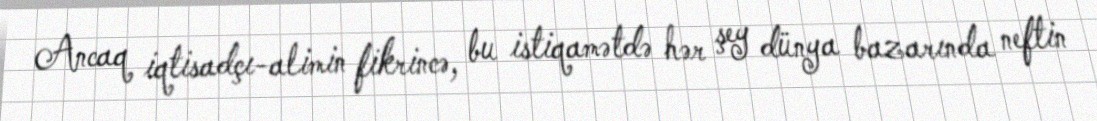
Ancaq iqtisadçı-alimin fikrincə, bu istiqamətdə hər şey dünya bazarında neftin